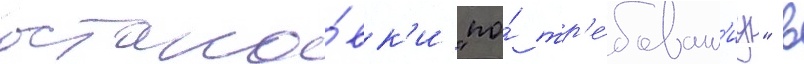
остано́вк'и "по́ тр'е́бован'иу" в